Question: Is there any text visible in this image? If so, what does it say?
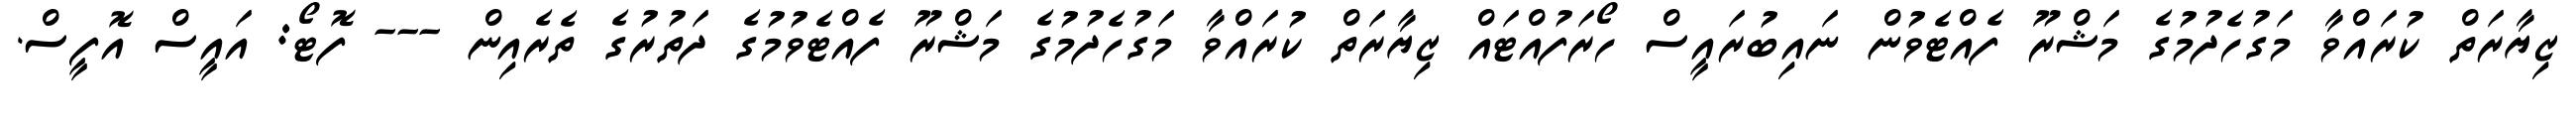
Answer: ޒިޔާރަތް ކުރައްވާ މަގުހެދުމުގެ މަޝްރޫ ފެއްޓެވުން ނައިބުރައީސް ހޯރަފުއްޓައް ޒިޔާރަތް ކުރައްވާ މަގުހެދުމުގެ މަޝްރޫ ފެއްޓެވުމުގެ ދަތުރުގެ ތެރެއިން --- ފޮޓޯ: އައީސް އޮފީސް.